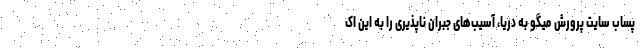
پساب سایت پرورش میگو به دریا، آسیب‌های جبران ناپذیری را به این اک